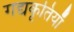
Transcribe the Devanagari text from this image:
गद्यकृतियाँ